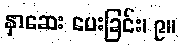
နှာဆေး ပေးခြင်း၊ ၉။